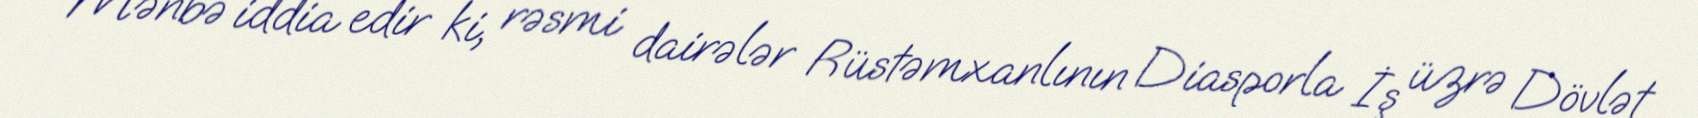
Mənbə iddia edir ki, rəsmi dairələr Rüstəmxanlının Diasporla İş üzrə Dövlət